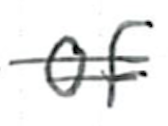
Text: of
Cross-out: double-line
Writing tool: ballpoint